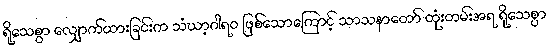
ရိုသေစွာ လျှောက်ထားခြင်းက သံဃာ့ဂါရဝ ဖြစ်သောကြောင့် သာသနာတော် ထုံးတမ်းအရ ရိုသေစွာ